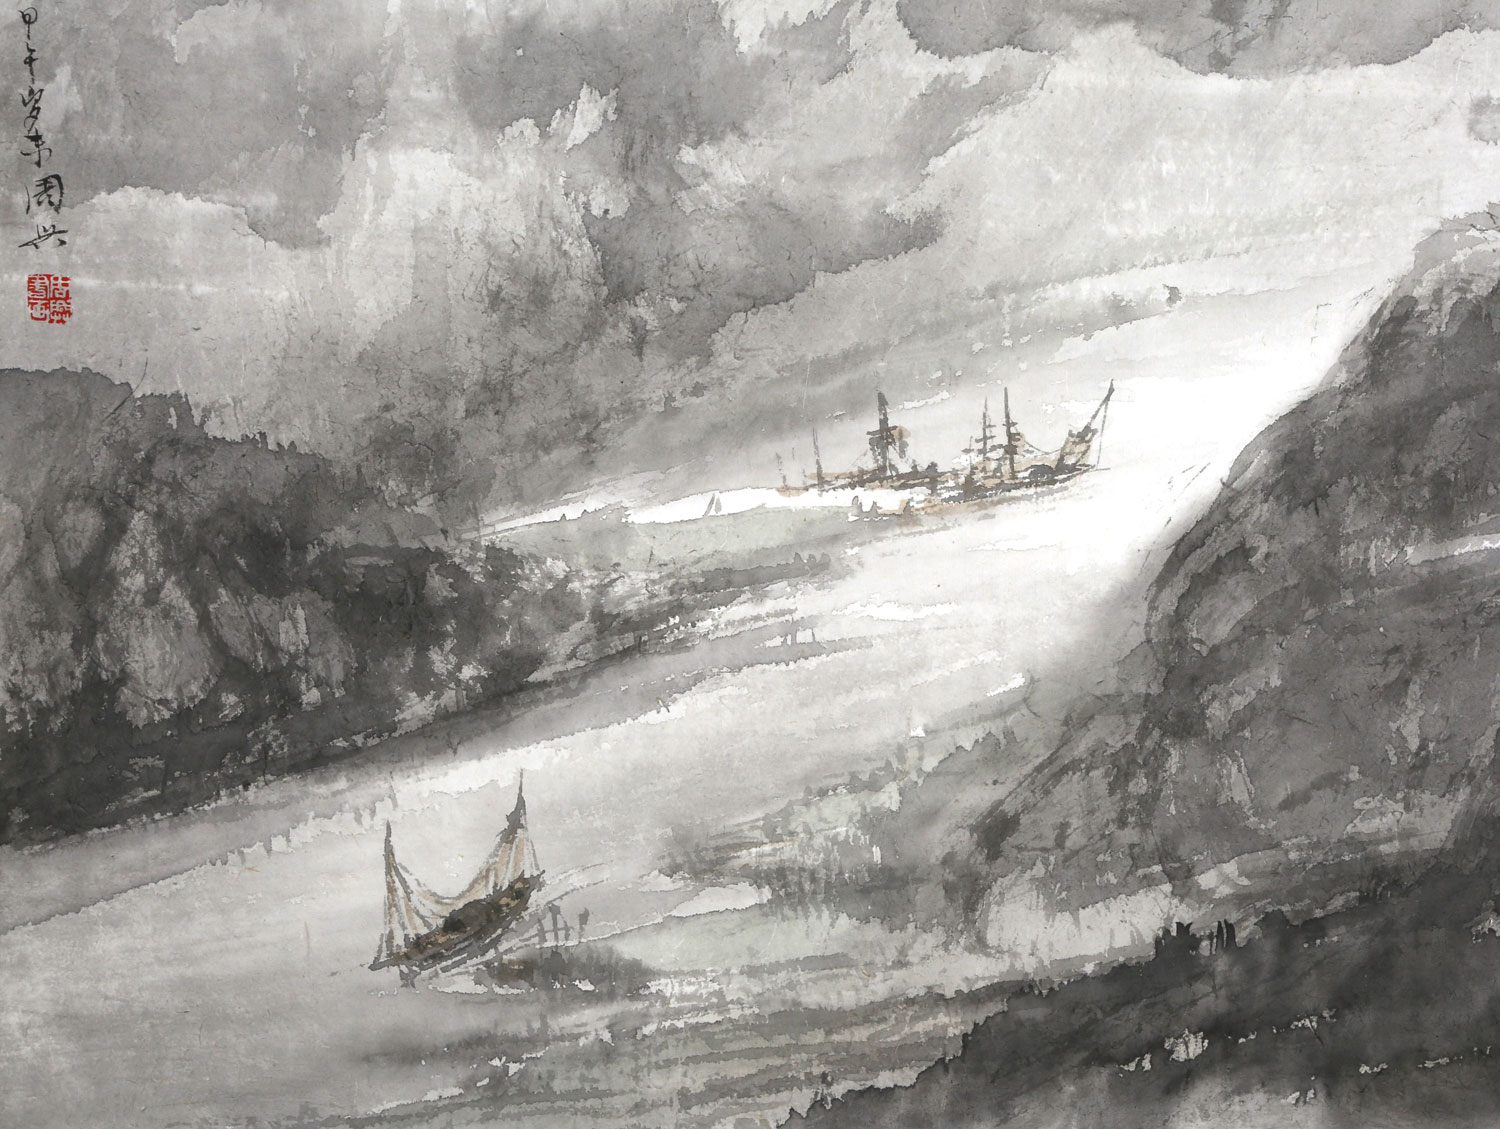
登高壮观天地间，大江茫茫去不还。